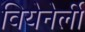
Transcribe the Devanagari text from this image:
वियेनेर्ली